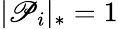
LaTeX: |\mathscr{P}_{i}|_{*}=1